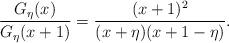
LaTeX: \begin{align*}\frac{G_{\eta}(x)}{G_{\eta}(x+1)} =\frac{(x+1)^2}{(x+\eta)(x+1-\eta)}.\end{align*}